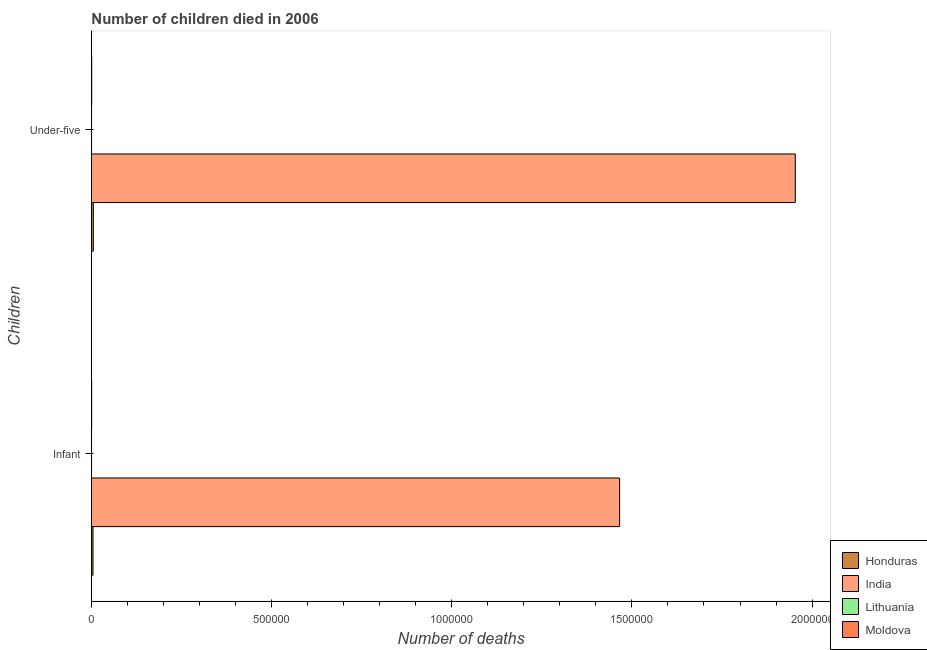
| Children | Honduras | India | Lithuania | Moldova |
 | --- | --- | --- | --- | --- |
 | Infant | 4.39e+03 | 1.47e+06 | 235 | 691 |
 | Under-five | 5.27e+03 | 1.95e+06 | 287 | 804 |